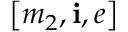
\left[ m _ { 2 } , \mathbf { i } , e \right]